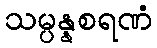
သမ္ပန္နစရဏံ